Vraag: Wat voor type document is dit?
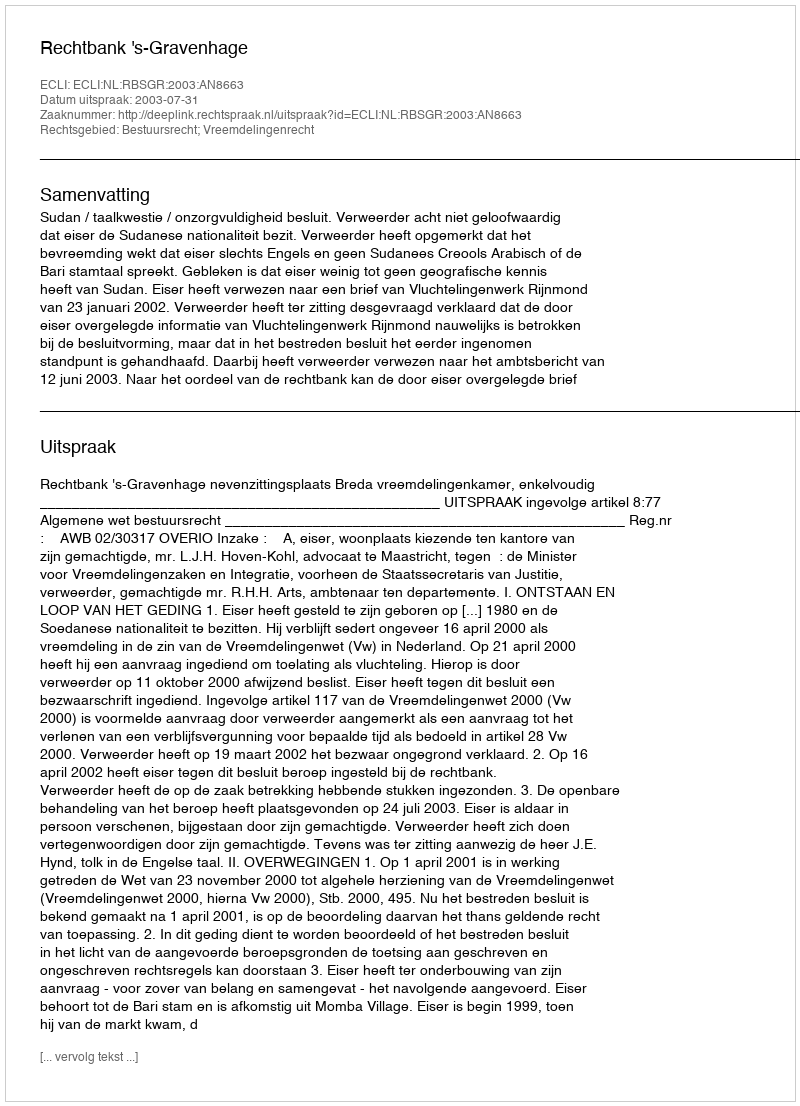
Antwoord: Uitspraak